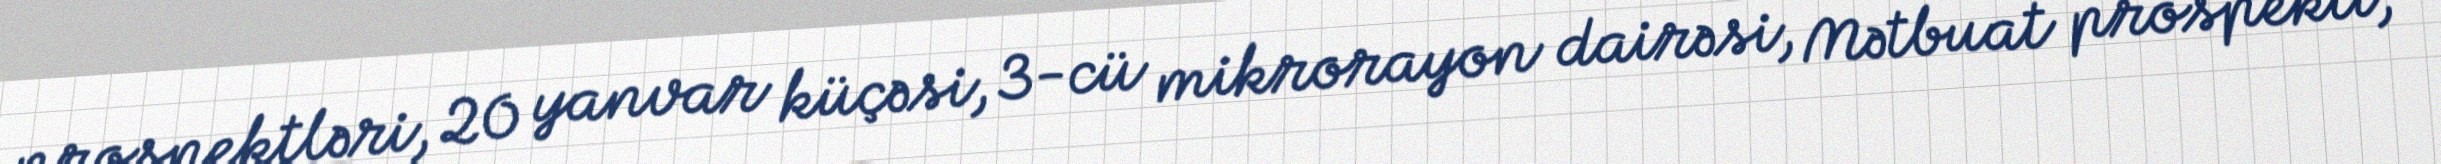
prospektləri, 20 yanvar küçəsi, 3-cü mikrorayon dairəsi, Mətbuat prospekti,